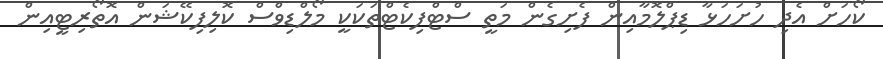
ކޯހަށް އެދި ހުށަހަޅާ ޑިޕްލޮމާއިން ފެށިގެން މަތީ ސްޓްފިކެޓްތަކަކީ މޯލްޑިވްސް ކޮލިފިކޭޝަން އޮތޯރިޓީއިން